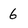
Character: 6